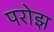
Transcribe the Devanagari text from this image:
परोझ